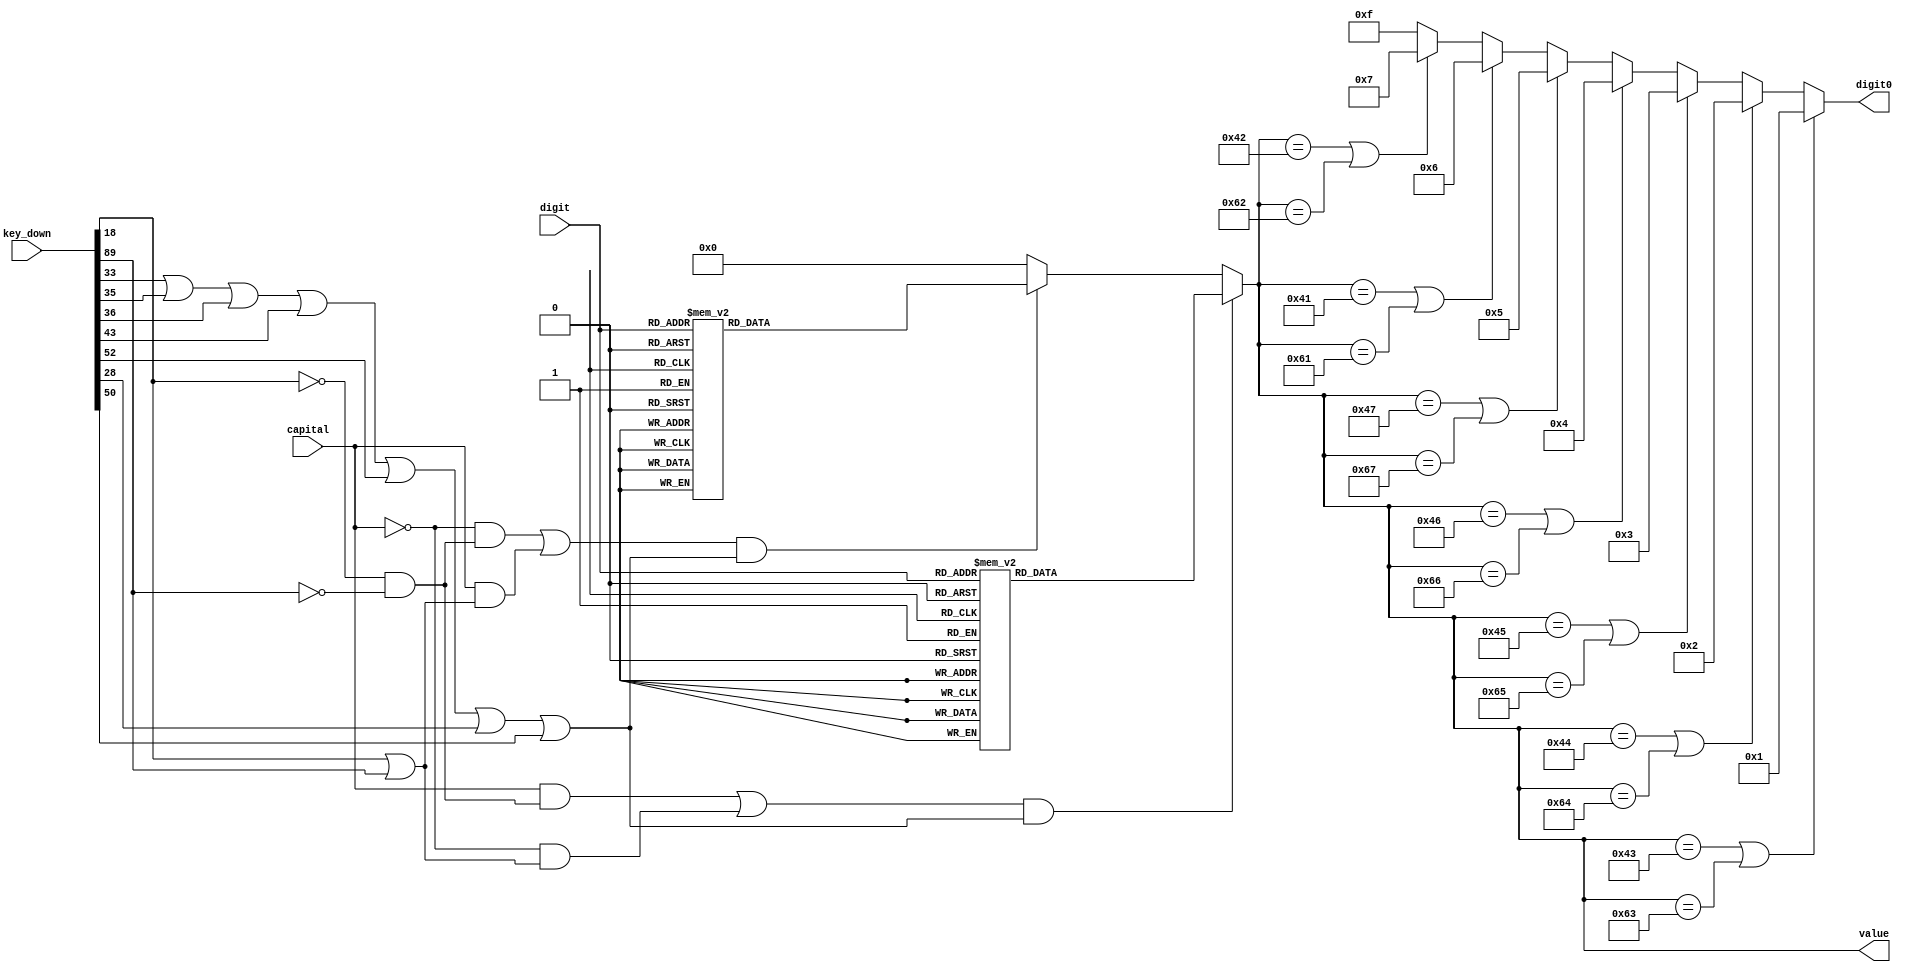
module MUX(
    value,
    digit0,
    digit,
    key_down,
    capital
);
output [6:0] value;
output [3:0] digit0;
input [4:0] digit;
input [511:0] key_down;
input capital;
reg [3:0] digit0;
reg [6:0] value;

always@*
    if ((capital && (~key_down[18] && ~key_down[89]) || ~capital && (key_down[18] || key_down[89]))
    && (key_down[33] || key_down[35] || key_down[36] || key_down[43] || key_down[52] || key_down[28] || key_down[50]))   //capital case
    begin
        case(digit)
            5'd0:  value=7'd65;
            5'd1:  value=7'd66;
            5'd2:  value=7'd67;
            5'd3:  value=7'd68;
            5'd4:  value=7'd69;
            5'd5:  value=7'd70;
            5'd6:  value=7'd71;
            5'd7:  value=7'd72;
            5'd8:  value=7'd73;
            5'd9:  value=7'd74;
            5'd10: value=7'd75;
            5'd11: value=7'd76;
            5'd12: value=7'd77;
            5'd13: value=7'd78;
            5'd14: value=7'd79;
            5'd15: value=7'd80;
            5'd16: value=7'd81;
            5'd17: value=7'd82;
            5'd18: value=7'd83;
            5'd19: value=7'd84;
            5'd20: value=7'd85;
            5'd21: value=7'd86;
            5'd22: value=7'd87;
            5'd23: value=7'd88;
            5'd24: value=7'd89;
            5'd25: value=7'd90;
            default: value=7'd0;
        endcase
    end
    else if ((~capital && (~key_down[18] && ~key_down[89]) || capital && (key_down[18] || key_down[89]))
    && (key_down[33] || key_down[35] || key_down[36] || key_down[43] || key_down[52] || key_down[28] || key_down[50]))  //lower case
    begin
        case(digit)
            5'd0:  value=7'd97;
            5'd1:  value=7'd98;
            5'd2:  value=7'd99;
            5'd3:  value=7'd100;
            5'd4:  value=7'd101;
            5'd5:  value=7'd102;
            5'd6:  value=7'd103;
            5'd7:  value=7'd104;
            5'd8:  value=7'd105;
            5'd9:  value=7'd106;
            5'd10: value=7'd107;
            5'd11: value=7'd108;
            5'd12: value=7'd109;
            5'd13: value=7'd110;
            5'd14: value=7'd111;
            5'd15: value=7'd112;
            5'd16: value=7'd113;
            5'd17: value=7'd114;
            5'd18: value=7'd115;
            5'd19: value=7'd116;
            5'd20: value=7'd117;
            5'd21: value=7'd118;
            5'd22: value=7'd119;
            5'd23: value=7'd120;
            5'd24: value=7'd121;
            5'd25: value=7'd122;
            default: value=7'd0;
        endcase
    end
    else
        value=1'd0; //default value

always @*
    if (value == 7'd67 || value == 7'd99)   //C -> Do -> 1
        digit0 = 4'd1;
    else if (value == 7'd68 || value == 7'd100) //D -> Re -> 2
        digit0 = 4'd2;
    else if (value == 7'd69 || value == 7'd101) //E -> Mi -> 3
        digit0 = 4'd3;
    else if (value == 7'd70 || value == 7'd102) //F -> Fa -> 4
        digit0 = 4'd4;
    else if (value == 7'd71 || value == 7'd103) //G -> So -> 5
        digit0 = 4'd5;
    else if (value == 7'd65 || value == 7'd97)  //A -> La -> 6
        digit0 = 4'd6;
    else if (value == 7'd66 || value == 7'd98)   //B -> Si -> 7
        digit0 = 4'd7;
    else    //default value
        digit0 = 4'b1111;

endmodule